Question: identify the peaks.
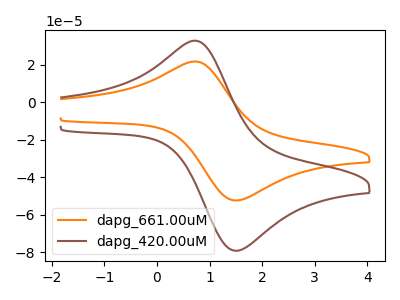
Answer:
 <answer>The orange curve "dapg_661.00uM" has an anodic peak at (0.70V, 21.65uA) and a cathodic peak at (1.55V, -52.25uA). The brown curve "dapg_420.00uM" has an anodic peak at (0.70V, 32.70uA) and a cathodic peak at (1.55V, -79.00uA).</answer>
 <eval></eval>